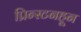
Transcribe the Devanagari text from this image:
प्रिन्स्टनहून